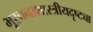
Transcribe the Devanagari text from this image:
भूरचनाशास्त्रीयदृष्ट्या